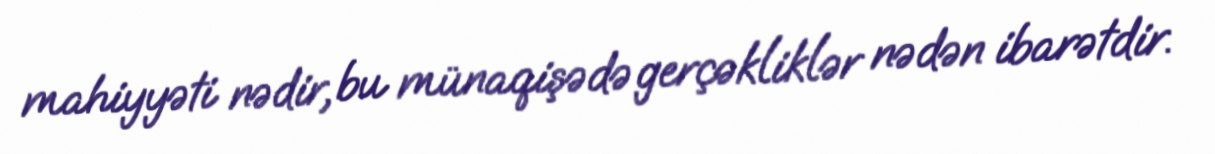
mahiyyəti nədir, bu münaqişədə gerçəkliklər nədən ibarətdir.